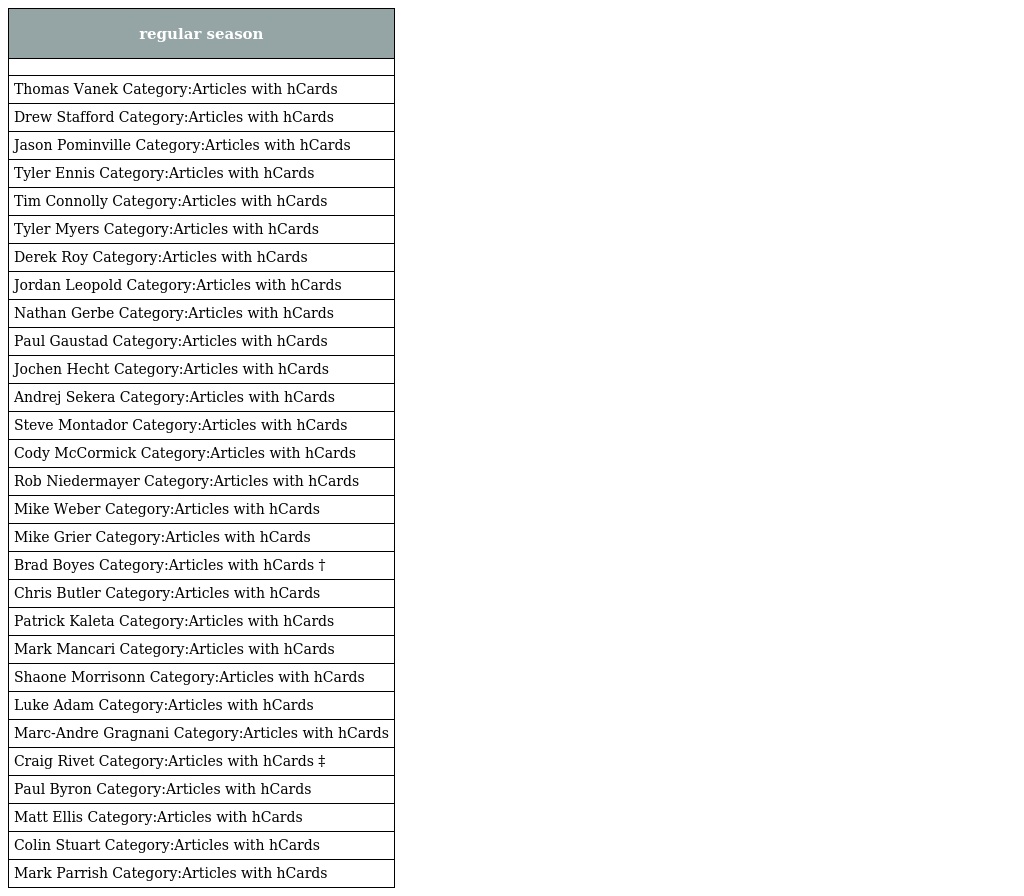
| regular season |
 | --- |
 |  |
 | Thomas Vanek Category:Articles with hCards |
 | Drew Stafford Category:Articles with hCards |
 | Jason Pominville Category:Articles with hCards |
 | Tyler Ennis Category:Articles with hCards |
 | Tim Connolly Category:Articles with hCards |
 | Tyler Myers Category:Articles with hCards |
 | Derek Roy Category:Articles with hCards |
 | Jordan Leopold Category:Articles with hCards |
 | Nathan Gerbe Category:Articles with hCards |
 | Paul Gaustad Category:Articles with hCards |
 | Jochen Hecht Category:Articles with hCards |
 | Andrej Sekera Category:Articles with hCards |
 | Steve Montador Category:Articles with hCards |
 | Cody McCormick Category:Articles with hCards |
 | Rob Niedermayer Category:Articles with hCards |
 | Mike Weber Category:Articles with hCards |
 | Mike Grier Category:Articles with hCards |
 | Brad Boyes Category:Articles with hCards † |
 | Chris Butler Category:Articles with hCards |
 | Patrick Kaleta Category:Articles with hCards |
 | Mark Mancari Category:Articles with hCards |
 | Shaone Morrisonn Category:Articles with hCards |
 | Luke Adam Category:Articles with hCards |
 | Marc-Andre Gragnani Category:Articles with hCards |
 | Craig Rivet Category:Articles with hCards ‡ |
 | Paul Byron Category:Articles with hCards |
 | Matt Ellis Category:Articles with hCards |
 | Colin Stuart Category:Articles with hCards |
 | Mark Parrish Category:Articles with hCards |